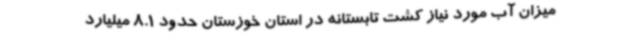
میزان آب مورد نیاز کشت تابستانه در استان خوزستان حدود 8.1 میلیارد